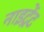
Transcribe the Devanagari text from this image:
नाइट्रेंट